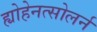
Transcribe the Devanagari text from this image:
ह्योहेनत्सोलर्न